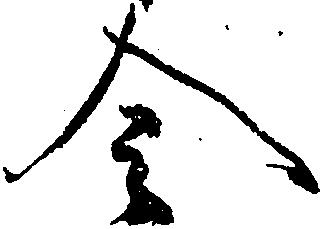
令